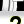
Digit: 2